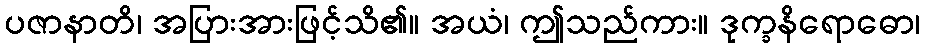
ပဇာနာတိ၊ အပြားအားဖြင့်သိ၏။ အယံ၊ ဤသည်ကား။ ဒုက္ခနိရောဓော၊